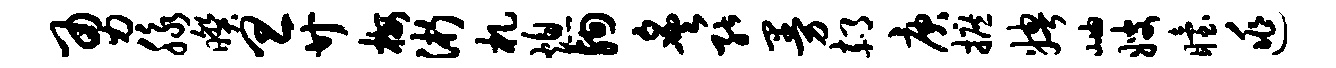
勇脉暌旦廿梅浙札熄殉炙能曼郝庚摭娉岫嫂眙逃